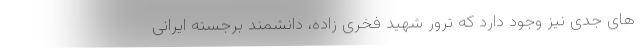
های جدی نیز وجود دارد که ترور شهید فخری زاده، دانشمند برجسته ایرانی